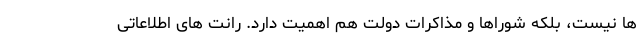
ها نیست، بلکه شوراها و مذاکرات دولت هم اهمیت دارد. رانت های اطلاعاتی